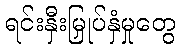
ရင်းနှီးမြှုပ်နှံမှုတွေ